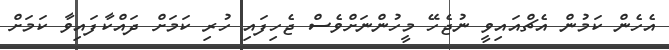
އެހެން ކަމުން އެޗްއައިވީ ނުޖެހޭ މީހުންނަށްވެސް ޖެހިފައި ހުރި ކަމަށް ދައްކާފައިވާ ކަމަށް